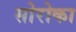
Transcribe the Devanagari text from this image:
सोरोका